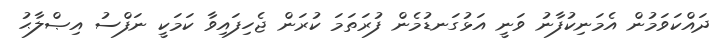
ދައްކަވަމުން އެމަނިކުފާނު ވަނީ އަޅުގަނޑުމެން ފުރަތަމަ ކުރަން ޖެހިފައިވާ ކަމަކީ ނަފްސު އިޞްލާޙު